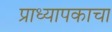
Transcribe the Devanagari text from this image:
प्राध्यापकाचा